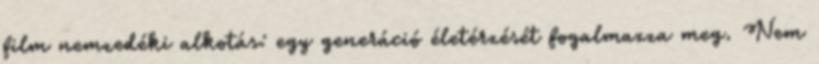
film nemzedéki alkotás: egy generáció életérzését fogalmazza meg. Nem